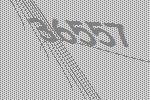
36557